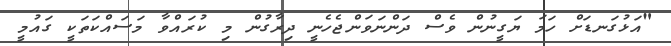
"އަޅުގަނޑަށް ހަމަ ޔަގީނުން ވެސް ދަންނަވަންޖެހެނީ ދިރާގުން މި ކުރައްވާ މަަސައްކަތަކީ ގައުމީ